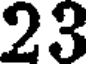
23